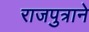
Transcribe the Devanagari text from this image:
राजपुत्राने